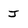
Character: J